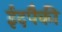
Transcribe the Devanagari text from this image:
ईदपैकी